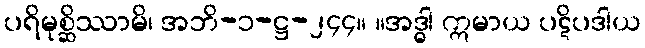
ပရိမုစ္ဆိဿာမိ၊ အဘိ-၁-ဋ္ဌ-၂၄၄။ ။အဒ္ဓါ ဣမာယ ပဋိပဒါယ